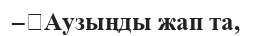
–	Аузыңды жап та,